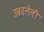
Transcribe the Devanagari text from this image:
उबवलेली